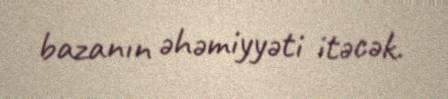
bazanın əhəmiyyəti itəcək.